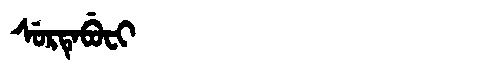
Manchu: ᠰᡠᡵᡨᡝᠪᡠᠸᡳ
Romanization: SURTEBUFI